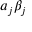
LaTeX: a _ { j } \beta _ { j }